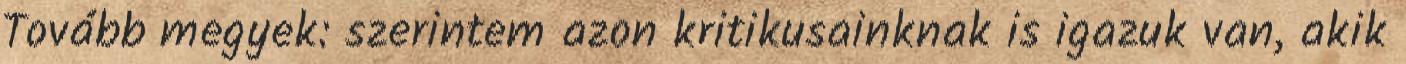
Tovább megyek: szerintem azon kritikusainknak is igazuk van, akik